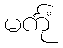
မင်္ကုံ